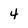
Character: 4